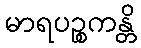
မာရပဉ္စကန္တိ